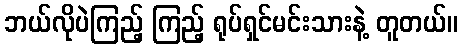
ဘယ်လိုပဲကြည့် ကြည့် ရုပ်ရှင်မင်းသားနဲ့ တူတယ်။